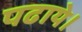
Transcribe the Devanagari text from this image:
पढाये।